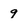
Character: g